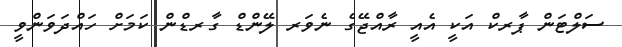
ސަލްޓަން ޕާރކް އަކީ އެއީ ރާއްޖޭގެ ނެވަރ ލޭންޑް ގާރޑްން ކަމަށް ހައްދަވަންވީ